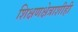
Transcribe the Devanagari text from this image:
शिक्षणक्षेत्राशीही